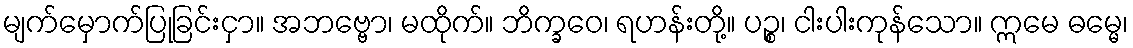
မျက်မှောက်ပြုခြင်းငှာ။ အဘဗ္ဗော၊ မထိုက်။ ဘိက္ခဝေ၊ ရဟန်းတို့။ ပဉ္စ၊ ငါးပါးကုန်သော။ ဣမေ ဓမ္မေ၊